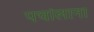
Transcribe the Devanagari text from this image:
पचांलाना